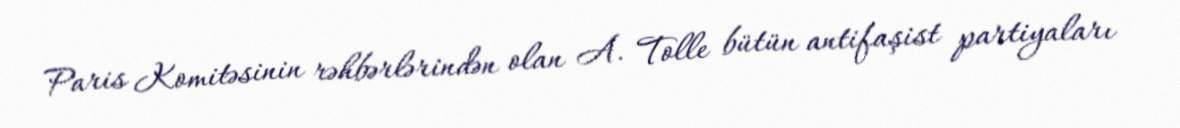
Paris Komitəsinin rəhbərlərindən olan A. Tolle bütün antifaşist partiyaları